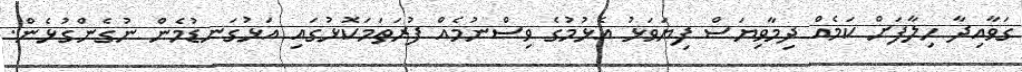
ގަވާއިދާ ހިލާފަށް ކަމެއް ދިމާވިޔަސް ފިޔަވަޅު އެޅުމުގެ ވިސްނުމެއް ފުރަތަަމަކޮޅުގައި އަޅުގަނޑުމެން ނުގެންގުޅެން.